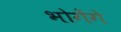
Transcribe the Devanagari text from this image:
भोगेंगे